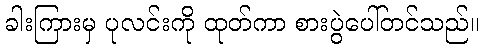
ခါးကြားမှ ပုလင်းကို ထုတ်ကာ စားပွဲပေါ်တင်သည်။